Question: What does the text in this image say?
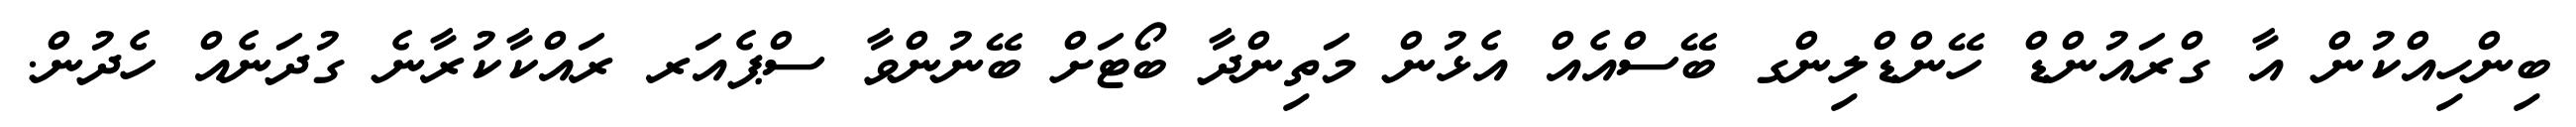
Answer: ބިންހިއްކުން އާ ގްރައުންޑް ހޭންޑްލިންގ ބޭސްއެއް އެޅުން މަތިންދާ ބޯޓަށް ބޭނުންވާ ސްޕެއަރ ރައްކާކުރާނެ ގުދަނެއް ހެދުން.